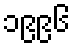
၁၉၉၆